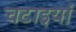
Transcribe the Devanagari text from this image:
चटाइयां